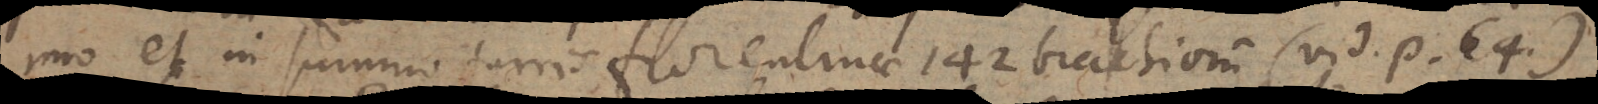
imo et in summo turris Florentinae 142 brachiorum (vid. p. 64.)